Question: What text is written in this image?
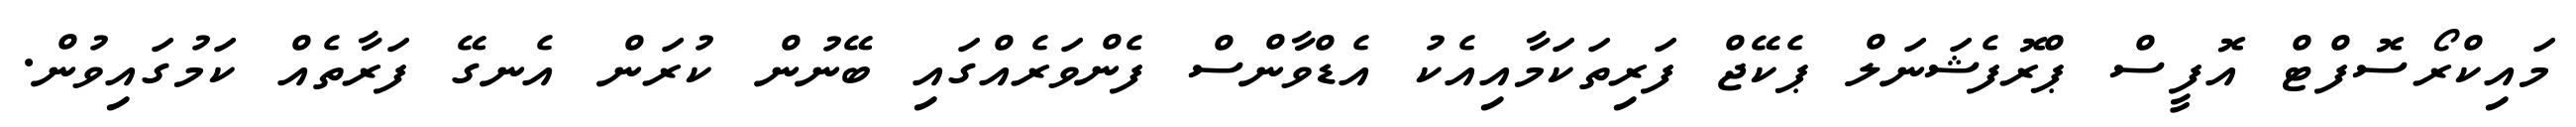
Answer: މައިކްރޯސޮފްޓް އޮފީސް ޕްރޮފެޝަނަލް ޕެކޭޖް ފަރިތަކަމާއިއެކު އެޑްވާންސް ފެންވަރެއްގައި ބޭނުން ކުރަން އެނގޭ ފަރާތެއް ކަމުގައިވުން.